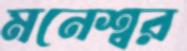
মনেশ্বর